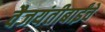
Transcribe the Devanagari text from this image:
वैजयंतीबाईंचे